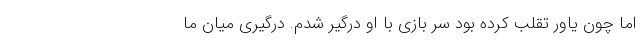
اما چون یاور تقلب کرده بود سر بازی با او درگیر شدم. درگیری میان ما